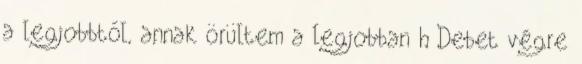
a legjobbtól, annak örültem a legjobban h Debet végre